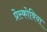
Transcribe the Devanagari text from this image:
प्रेस्कोविया